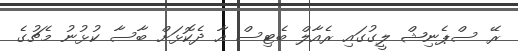
ރޭ ސްޕެނިޝް ލީގުގައި ރެއާލް ބެޓިސް އާ ދެކޮޅަށް ބާސާ ކުޅުނު މެޗުގެ